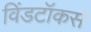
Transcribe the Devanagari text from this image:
विंडटॉकर्स